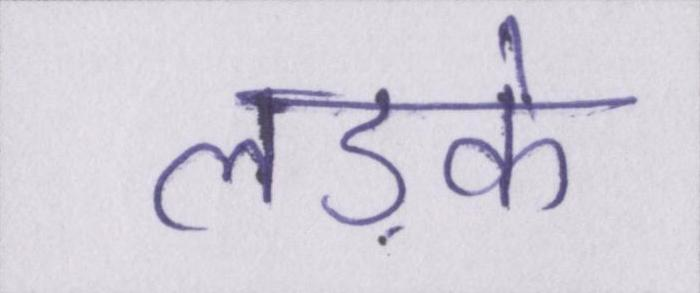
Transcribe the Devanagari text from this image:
लड़के